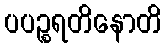
ပပဉ္စရတိနောတိ